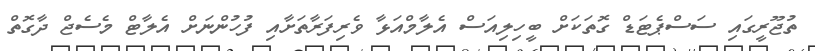
ތުޖޫރީގައި ސަސްޕެޓަޑް ގޮތަކަށް ބީހިލިއަސް އެލާމްއަޅާ ވެރިފަރާތަށާއި ފުހުންނަށް އެލާޓް މެސެޖް ދާގޮތް